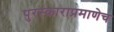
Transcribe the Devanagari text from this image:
पुरस्काराप्रमाणेच